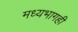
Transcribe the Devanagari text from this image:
मध्यभागही